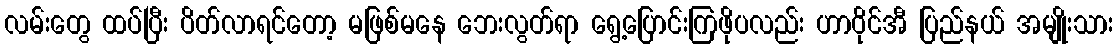
လမ်းတွေ ထပ်ပြီး ပိတ်လာရင်တော့ မဖြစ်မနေ ဘေးလွတ်ရာ ရွေ့ပြောင်းကြဖိုပလည်း ဟာဝိုင်အီ ပြည်နယ် အမျိုးသား